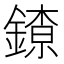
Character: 𨫜